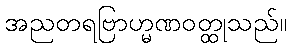
အညတရဗြာဟ္မဏဝတ္ထုသည်။